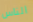
الناس